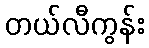
တယ်လီကွန်း